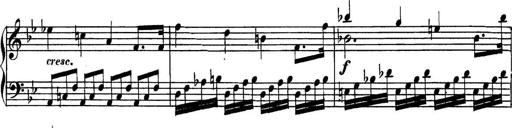
Title: Collected Piano Sonatas
Composer: Muzio Clementi